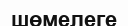
шөмелеге